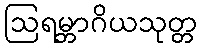
ဩရမ္ဘာဂိယသုတ္တ